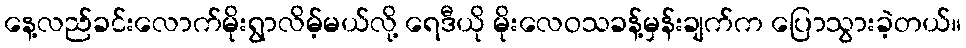
နေ့လည်ခင်းလောက်မိုးရွာလိမ့်မယ်လို့ ရေဒီယို မိုးလေဝသခန့်မှန်းချက်က ပြောသွားခဲ့တယ်။